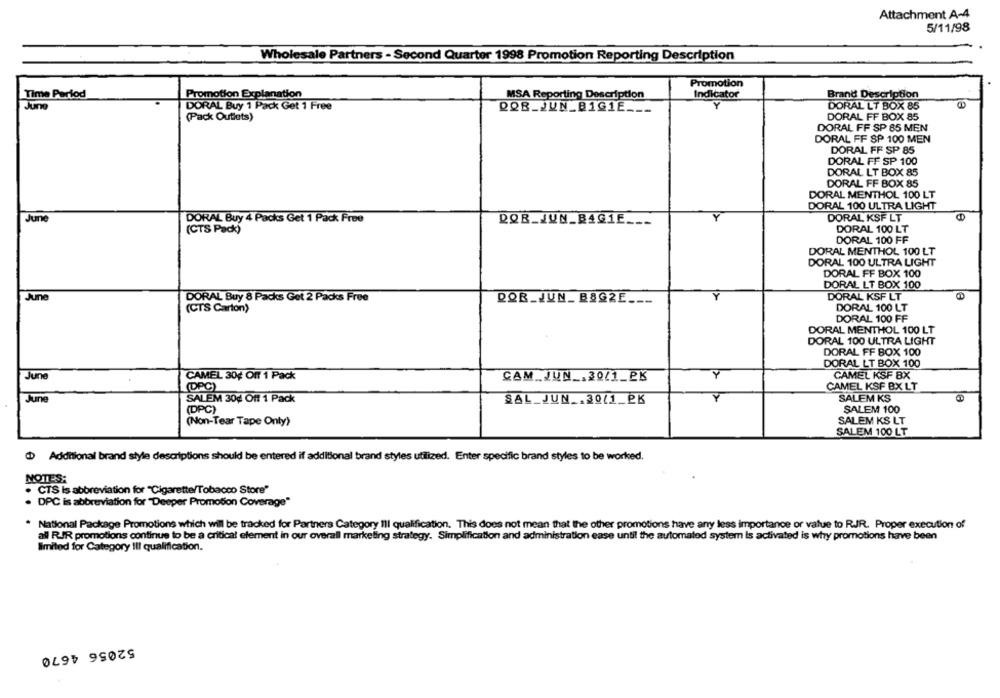
Attachment A-4
5/11/98
Wholesale Partners - Second Quarter 1998 Promotion Reporting Description
Promotion
Time Period
Promotion Explanation
MSA Reporting Description
Indicator
Brand Description
Juno
DORAL Buy 1 Pack Get 1 Free
Y
ROB_JUN_B1G1E _.
DORAL LT BOX 85
(Pack Outlets)
DORAL FF BOX 85
DORAL FF SP 85 MEN
DORAL FF SP 100 MEN
DORAL FF SP 85
DORAL FF SP 100
DORAL LT BOX 85
DORAL FF BOX 85
DORAL MENTHOL 100 LT
DORAL 100 ULTRA LIGHT
Jun
DORAL Buy 4 Packs Get 1 Pack Free
QQR_JUN_BAG1E ___
DORAL KSF LT
(CTS Pack)
DORAL 100 LT
DORAL 100 FF
DORAL MENTHOL 100 LT
DORAL 100 ULTRA LIGHT
DORAL FF BOX 100
DORAL LT BOX 100
June
DORAL Buy 8 Packs Get 2 Packs Free
ROB_JUN_ BBGZE ___
DORAL KSF LT
DORAL 100 LT
(CTS Carton)
DORAL 100 FF
DORAL MENTHOL 100 LT
DORAL 100 ULTRA LIGHT
DORAL FF BOX 100
DORAL LT BOX 100
June
CAMEL 30¢ Off 1 Pack
CAM .. JUN _. 20/1_2K
CAMEL KSF 8X
(DPC)
CAMEL KSF BX LT
June
SALEM KS
SALEM 30g Off 1 Pack
SAL_JUN .. 30/1_PK
(DPC)
SALEM 100
(Non-Tear Tape Only)
SALEM KS LT
SALEM 100 LT
@ Additional brand style descriptions should be entered if additional brand styles utilized. Enter specific brand styles to be worked.
NOTES:
. CTS Is abbreviation for "Cigarette/Tobacco Store"
. DPC is abbreviation for "Deeper Promotion Coverage"
National Package Promotions which will be tracked for Partners Category Ill qualification. This does not mean that the other promotions have any less importance or value to RJR. Proper execution of
all RIR promotions continue to be a critical element in our overall marketing strategy. Simplification and administration ease until the automated system Is activated is why promotions have been
limited for Category Ill qualification.
52056 4670